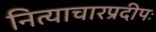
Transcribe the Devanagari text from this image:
नित्याचारप्रदीपः